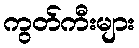
ကွတ်ကီးများ